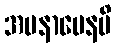
အမနာပေနပိ